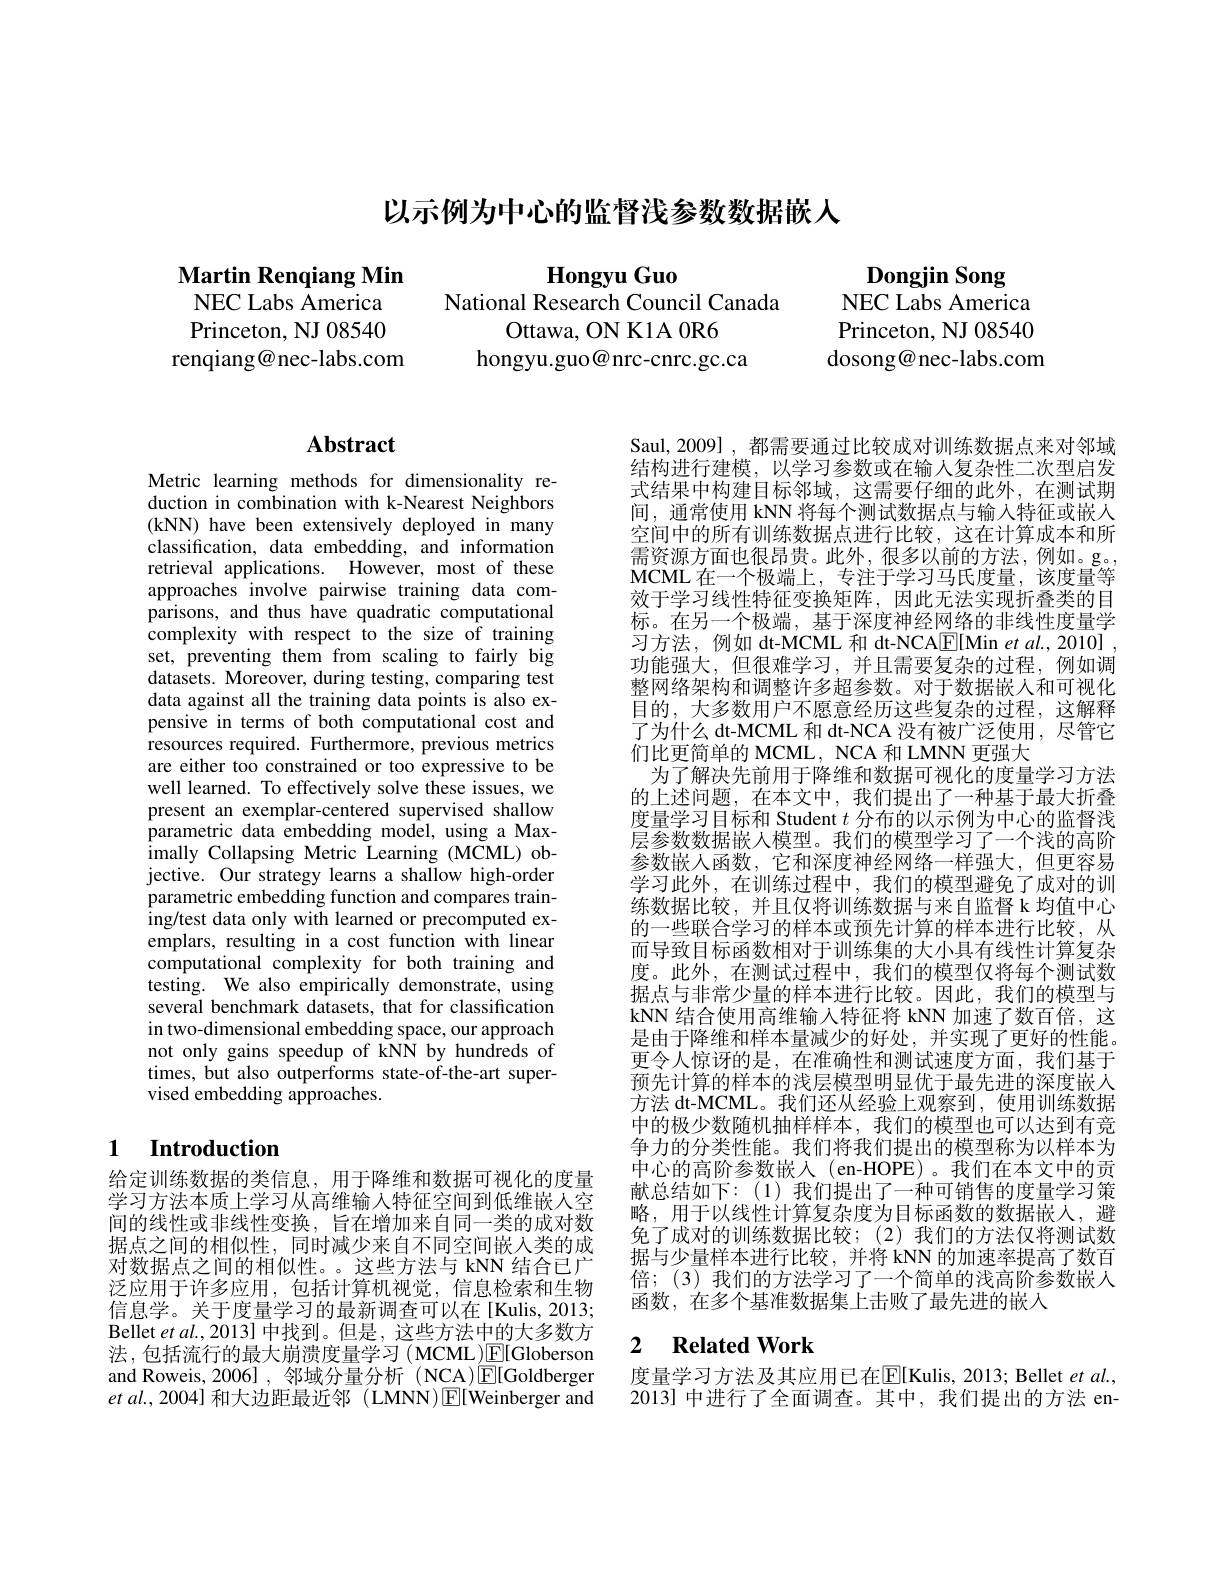
# 以示例为中心的监督浅参数数据嵌人

Martin Renqiang Min
NEC Labs America Princeton, NJ 08540
renqiang@nec-labs.com

hongyu.guo@nrc-cnrc.gc.ca

$\begin{array}{ccc}\textbf{Hongyu Guo}&\textbf{Dongjin Song}\\\text{National Research Council Canada}&&\text{NEC Labs America}\\\text{Ottawa, ON KlA 0R6}&&\text{Princeton, NJ 08540}\end{array}$
dosong@nec-labs.com

## $\mathbf{Abstract}$

Metric learning methods for dimensionality reduction in combination with k-Nearest Neighbors (kNN) have been extensively deployed in many classification, data embedding, and information retrieval applications. However, most of these approaches involve pairwise training data comparisons, and thus have quadratic computational complexity with respect to the size of training set, preventing them from scaling to fairly big datasets. Moreover, during testing, comparing test data against all the training data points is also expensive in terms of both computational cost and resources required. Furthermore, previous metrics are either too constrained or too expressive to be well learned. To effectively solve these issues, we present an exemplar-centered supervised shallow parametric data embedding model, using a Maximally Collapsing Metric Learning (MCML) objective. Our strategy learns a shallow high-order parametric embedding function and compares training/test data only with learned or precomputed exemplars, resulting in a cost function with linear computational complexity for both training and testing. We also empirically demonstrate, using several benchmark datasets, that for classification in two-dimensional embedding space, our approach not only gains speedup of kNN by hundreds of times, but also outperforms state-of-the-art supervised embedding approaches.

## 1 Introduction

给定训练数据的类信息，用于降维和数据可视化的度量学习方法本质上学习从高维输入特征空间到低维嵌人空间的线性或非线性变换，旨在增加来自同一类的成对数据点之间的相似性，同时减少来自不同空间嵌入类的成对数据点之间的相似性。。这些方法与 kNN 结合已广泛应用于许多应用，包括计算机视觉，信息检索和生物信息学。关于度量学习的最新调查可以在[Kulis,2013; Bellet et al. , 2013] 中找到。但是，这些方法中的大多数方法，包括流行的最大崩溃度量学习(MCML)E[Globerson and Roweis, 2006] , 邻域分量分析 (NCA)/E[Goldberger $etal.,2004]$和大边距最近邻 (LMNN)E[Weinberger and

Saul, 2009] , 都需要通过比较成对训练数据点来对邻域结构进行建模，以学习参数或在输入复杂性二次型启发式结果中构建目标邻域，这需要仔细的此外，在测试期间，通常使用 kNN 将每个测试数据点与输入特征或嵌人空间中的所有训练数据点进行比较，这在计算成本和所需资源方面也很昂贵。此外，很多以前的方法，例如。g。, MCML 在一个极端上，专注于学习马氏度量，该度量等效于学习线性特征变换矩阵，因此无法实现折叠类的目标。在另一个极端，基于深度神经网络的非线性度量学习方法，例如 dt-MCML 和 dt-NCAE[Min et al., 2010] 功能强大，但很难学习，并且需要复杂的过程，例如调整网络架构和调整许多超参数。对于数据嵌人和可视化目的，大多数用户不愿意经历这些复杂的过程，这解释了为什么 dt-MCML 和 dt-NCA 没有被广泛使用，尽管它们比更简单的 MCML, NCA 和 LMNN 更强大
为了解决先前用于降维和数据可视化的度量学习方法的上述问题，在本文中，我们提出了一种基于最大折叠度量学习目标和 Student $t$分布的以示例为中心的监督浅层参数数据嵌人模型。我们的模型学习了一个浅的高阶参数嵌人函数，它和深度神经网络一样强大，但更容易学习此外，在训练过程中，我们的模型避免了成对的训练数据比较，并且仅将训练数据与来自监督 k 均值中心的一些联合学习的样本或预先计算的样本进行比较，从而导致目标函数相对于训练集的大小具有线性计算复杂度。此外，在测试过程中，我们的模型仅将每个测试数据点与非常少量的样本进行比较。因此，我们的模型与kNN 结合使用高维输入特征将 kNN 加速了数百倍，这是由于降维和样本量减少的好处，并实现了更好的性能。更令人惊讶的是，在准确性和测试速度方面，我们基于预先计算的样本的浅层模型明显优于最先进的深度嵌人方法 dt-MCML。我们还从经验上观察到，使用训练数据中的极少数随机抽样样本，我们的模型也可以达到有竞争力的分类性能。我们将我们提出的模型称为以样本为中心的高阶参数嵌入(en-HOPE)。我们在本文中的贡献总结如下：(1)我们提出了一种可销售的度量学习策略，用于以线性计算复杂度为目标函数的数据嵌人，避免了成对的训练数据比较；(2)我们的方法仅将测试数据与少量样本进行比较，并将 kNN 的加速率提高了数百倍；(3)我们的方法学习了一个简单的浅高阶参数嵌人函数，在多个基准数据集上击败了最先进的嵌入

## 2 $\textbf{Related Work}$

度量学习方法及其应用已在$\mathbb{E}[$Kulis, 2013; Bellet $etal.$, 2013] 中进行了全面调查。其中，我们提出的方法 en-